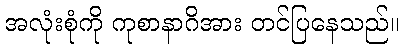
အလုံးစုံကို ကုစာနာဂိအား တင်ပြနေသည်။